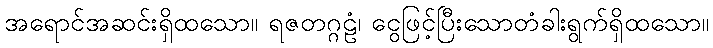
အရောင်အဆင်းရှိထသော။ ရဇတဂ္ဂဠံ၊ ငွေဖြင့်ပြီးသောတံခါးရွက်ရှိထသော။